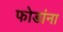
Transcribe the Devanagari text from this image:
फोडांना